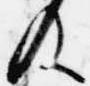
及